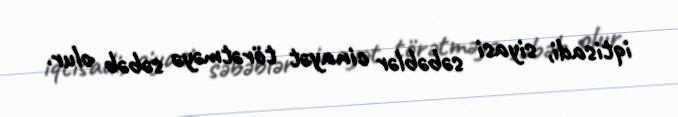
iqtisadi, siyasi səbəblər cinayət törətməyə səbəb olur.